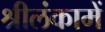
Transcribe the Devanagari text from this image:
श्रीलंकामें